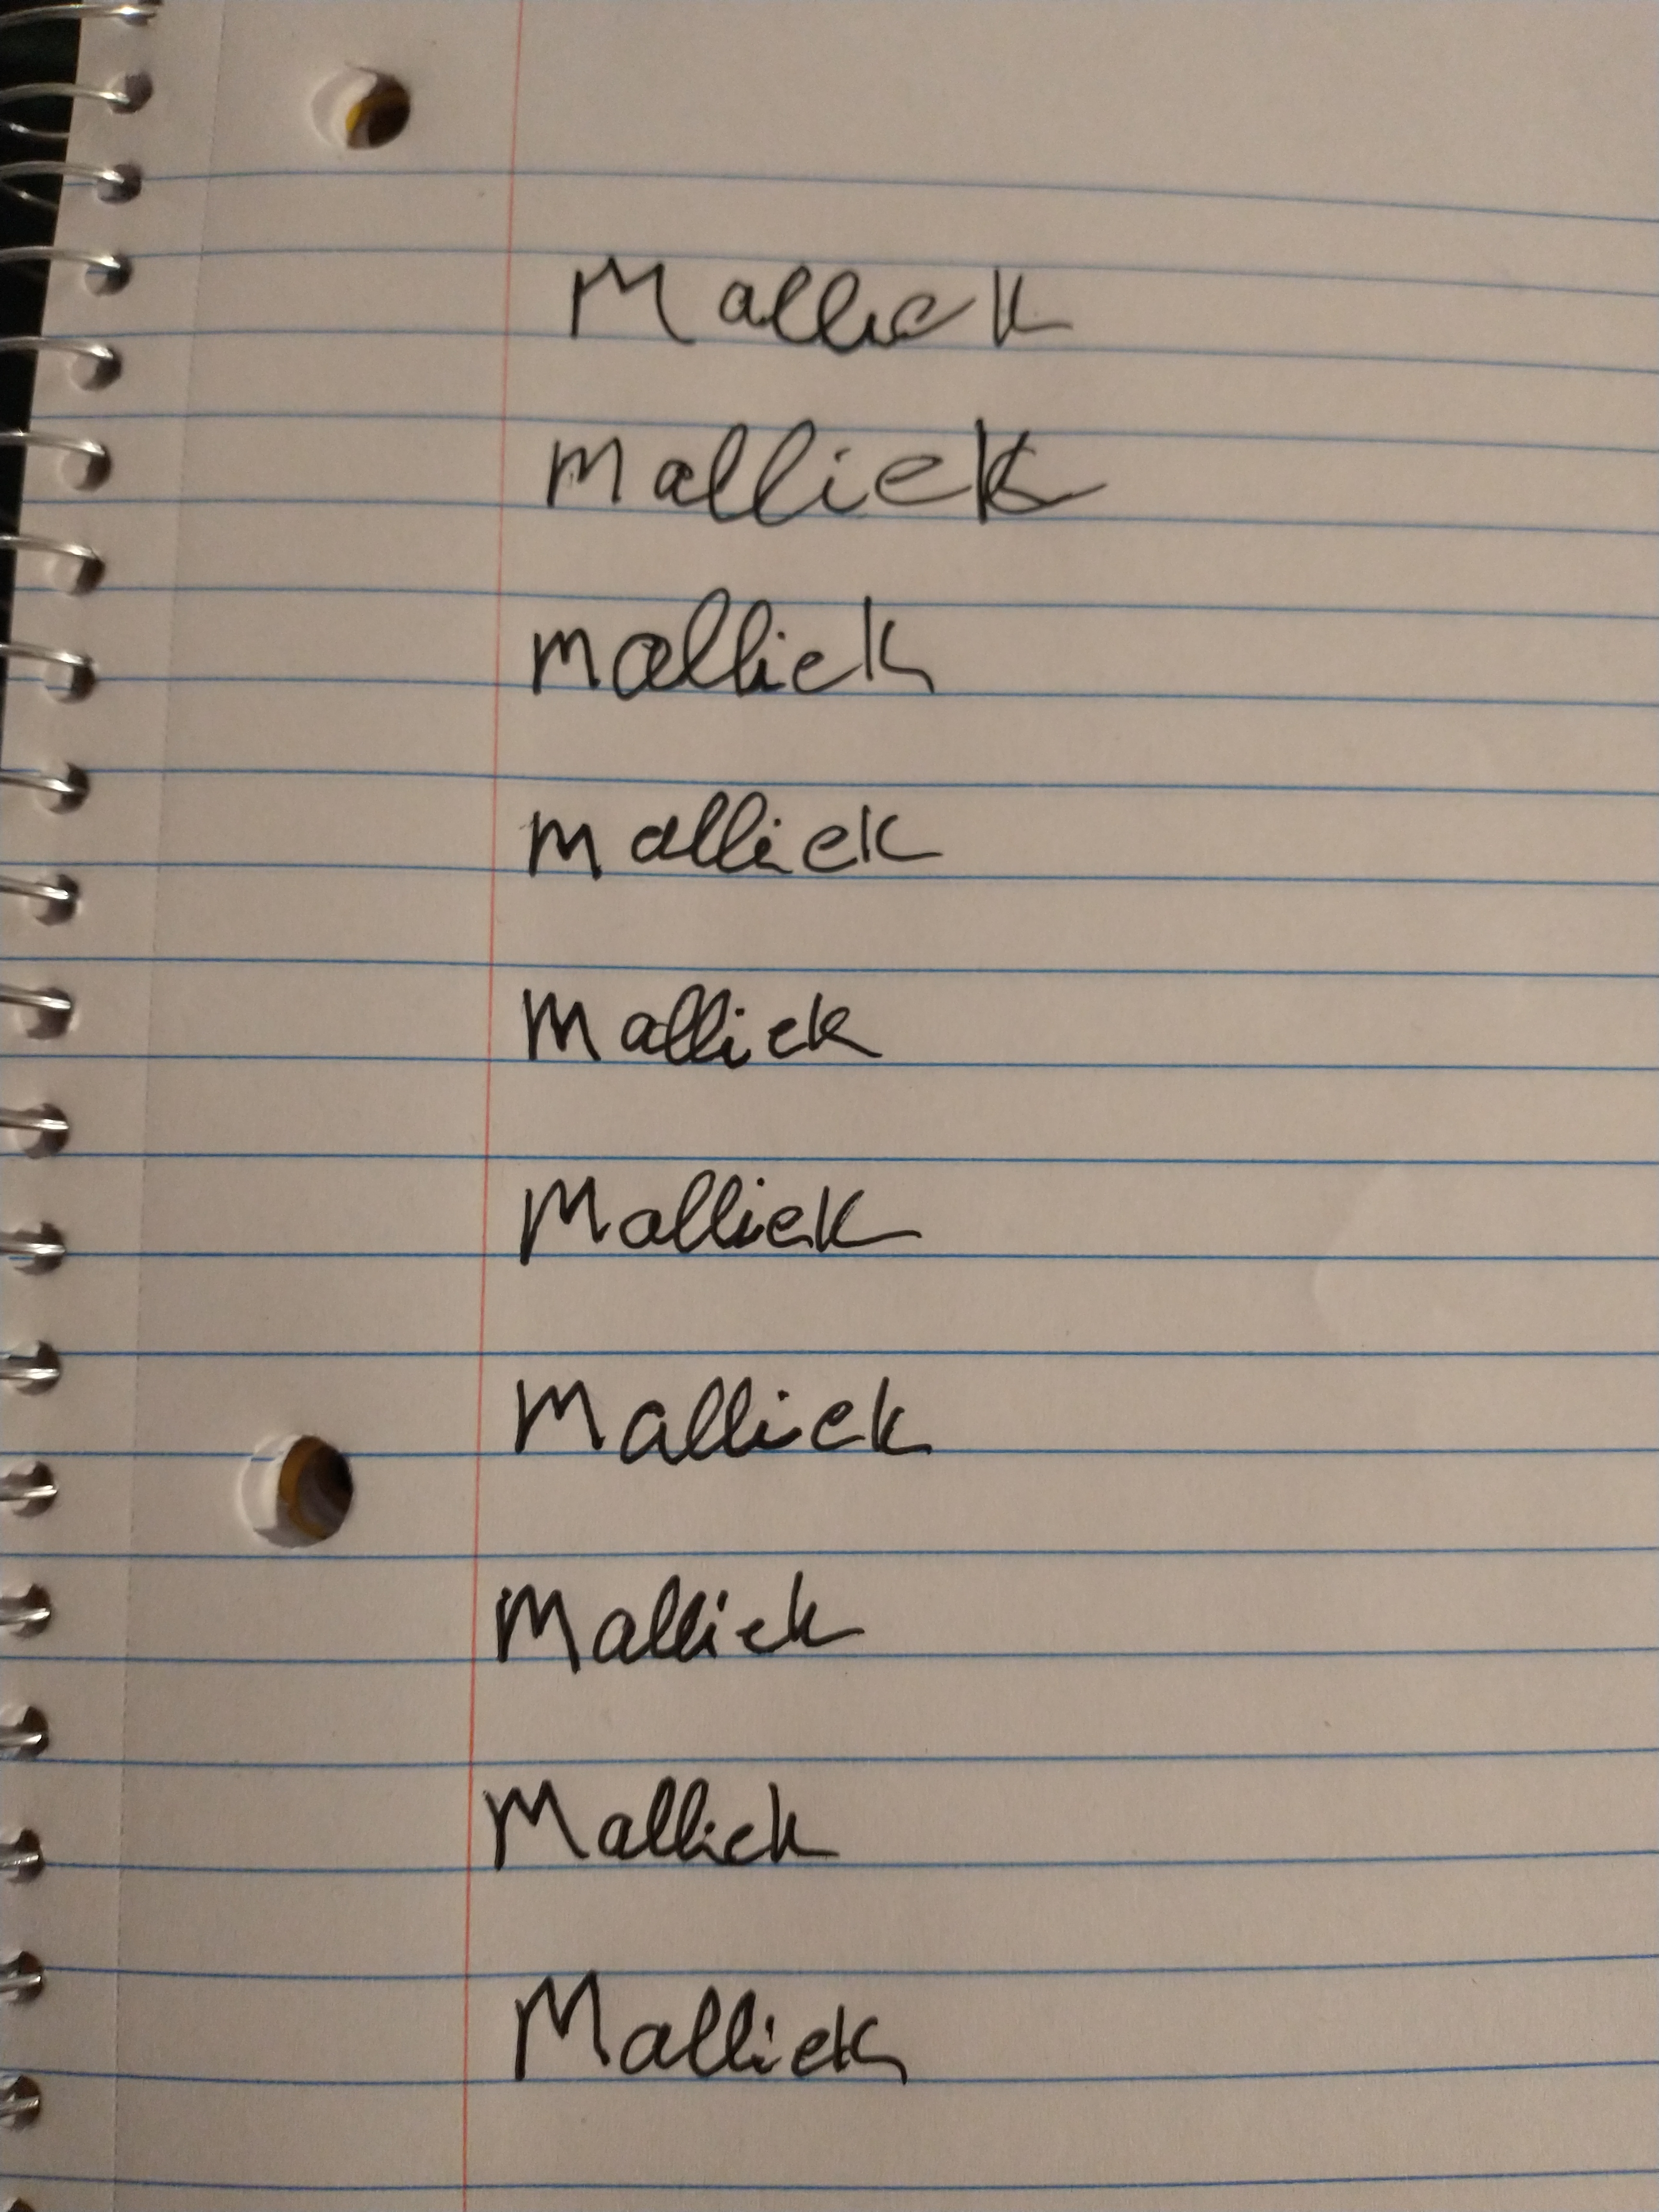
Signature authenticity: forged